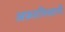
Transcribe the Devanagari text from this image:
अफ़ग़निस्तानी